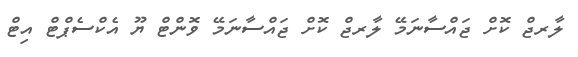
ލާރޖް ކޮށް ޖައްސާނަމޭ ލާރޖް ކޮށް ޖައްސާނަމޭ ވޮންޓް ޔޫ އެކްސެޕްޓް އިޓް